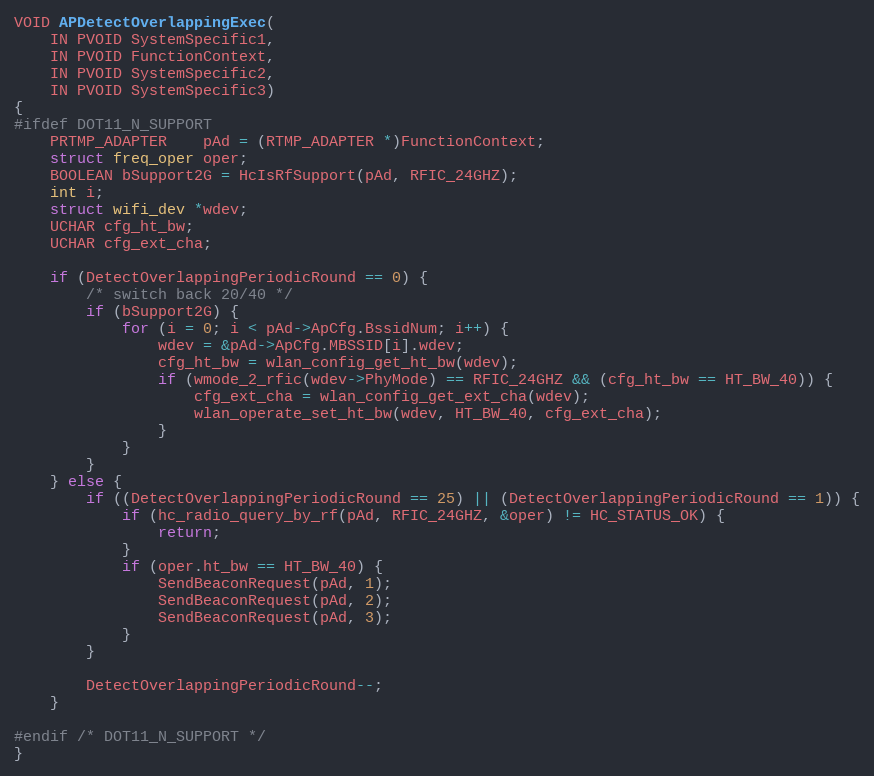
Language: C
VOID APDetectOverlappingExec(
	IN PVOID SystemSpecific1,
	IN PVOID FunctionContext,
	IN PVOID SystemSpecific2,
	IN PVOID SystemSpecific3)
{
#ifdef DOT11_N_SUPPORT
	PRTMP_ADAPTER	pAd = (RTMP_ADAPTER *)FunctionContext;
	struct freq_oper oper;
	BOOLEAN bSupport2G = HcIsRfSupport(pAd, RFIC_24GHZ);
	int i;
	struct wifi_dev *wdev;
	UCHAR cfg_ht_bw;
	UCHAR cfg_ext_cha;

	if (DetectOverlappingPeriodicRound == 0) {
		/* switch back 20/40 */
		if (bSupport2G) {
			for (i = 0; i < pAd->ApCfg.BssidNum; i++) {
				wdev = &pAd->ApCfg.MBSSID[i].wdev;
				cfg_ht_bw = wlan_config_get_ht_bw(wdev);
				if (wmode_2_rfic(wdev->PhyMode) == RFIC_24GHZ && (cfg_ht_bw == HT_BW_40)) {
					cfg_ext_cha = wlan_config_get_ext_cha(wdev);
					wlan_operate_set_ht_bw(wdev, HT_BW_40, cfg_ext_cha);
				}
			}
		}
	} else {
		if ((DetectOverlappingPeriodicRound == 25) || (DetectOverlappingPeriodicRound == 1)) {
			if (hc_radio_query_by_rf(pAd, RFIC_24GHZ, &oper) != HC_STATUS_OK) {
				return;
			}
			if (oper.ht_bw == HT_BW_40) {
				SendBeaconRequest(pAd, 1);
				SendBeaconRequest(pAd, 2);
				SendBeaconRequest(pAd, 3);
			}
		}

		DetectOverlappingPeriodicRound--;
	}

#endif /* DOT11_N_SUPPORT */
}